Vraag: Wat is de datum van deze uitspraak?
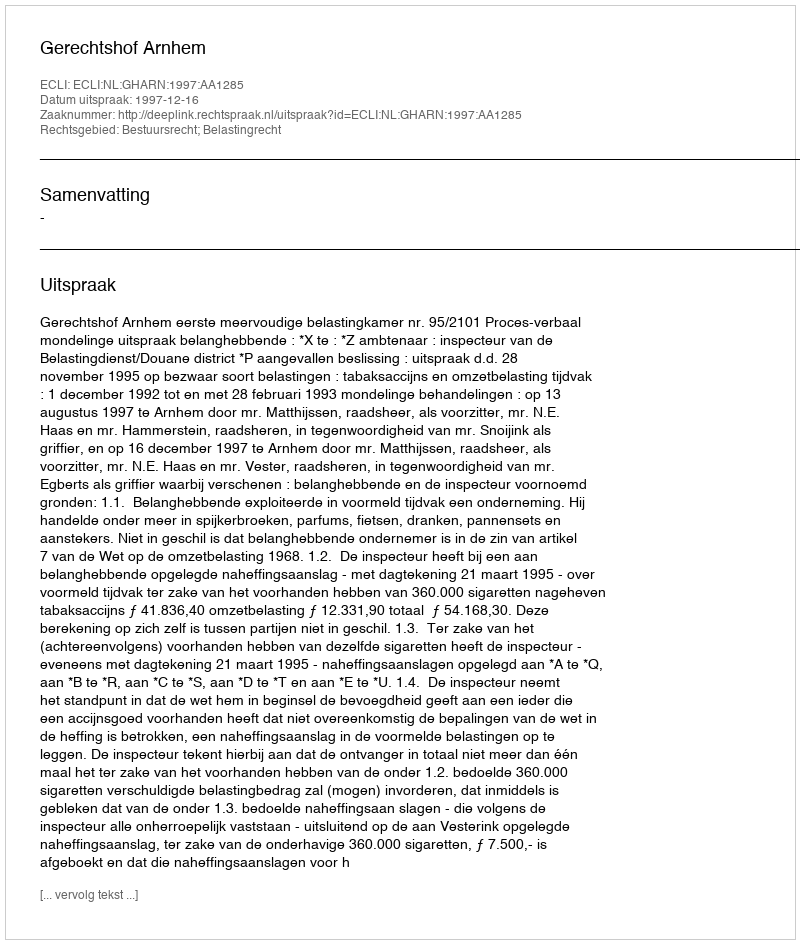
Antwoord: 1997-12-16